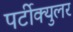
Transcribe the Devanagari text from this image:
पर्टीक्युलर